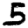
Digit: 5